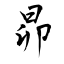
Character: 昴